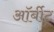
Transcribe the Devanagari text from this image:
ऑर्बीट्